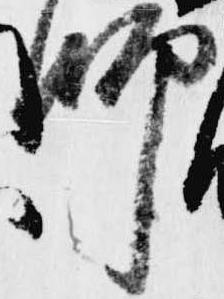
師